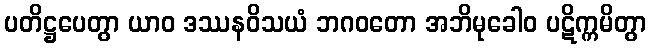
ပတိဋ္ဌပေတွာ ယာဝ ဒဿနဝိသယံ ဘဂဝတော အဘိမုခေါဝ ပဋိက္ကမိတွာ